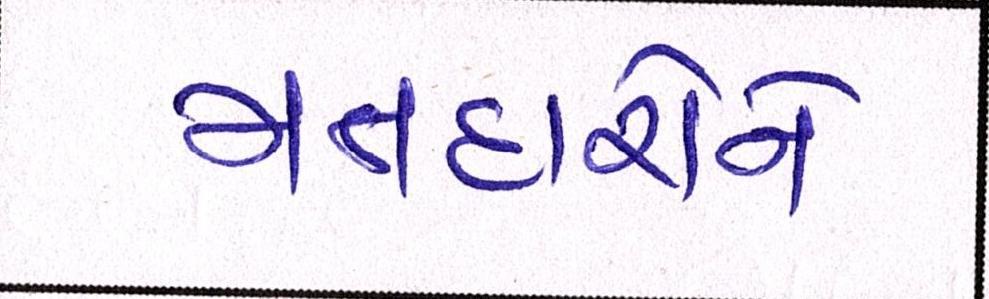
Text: મતદારોને